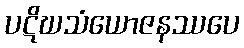
ပဋိဃသံယောဇနဿပေ